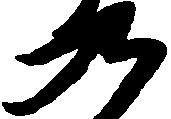
九